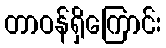
တာဝန်ရှိကြောင်း